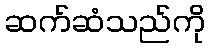
ဆက်ဆံသည်ကို